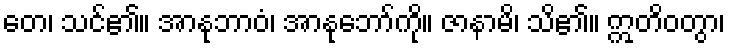
တေ၊ သင်၏။ အာနုဘာဝံ၊ အာနုဘော်ကို။ ဇာနာမိ၊ သိ၏။ ဣတိဝတွာ၊